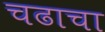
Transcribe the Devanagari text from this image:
चढाचा